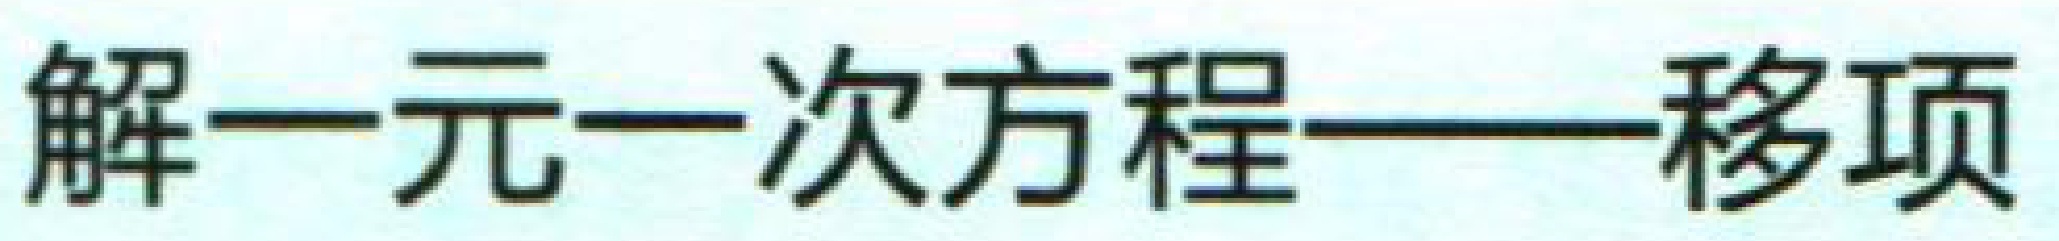
解一元一次方程——移项